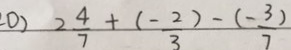
0 ) 2 \frac { 4 } { 7 } + \frac { ( - 2 ) } { 3 } - \frac { ( - 3 ) } { 7 }